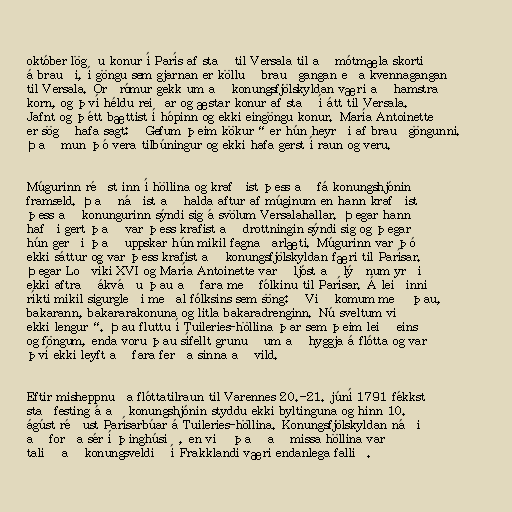
október lögðu konur í París af stað til Versala til að mótmæla skorti
á brauði, í göngu sem gjarnan er kölluð brauðgangan eða kvennagangan
til Versala. Orðrómur gekk um að konungsfjölskyldan væri að hamstra
korn, og því héldu reiðar og æstar konur af stað í átt til Versala.
Jafnt og þétt bættist í hópinn og ekki eingöngu konur. María Antoinette
er sögð hafa sagt: „Gefum þeim kökur“ er hún heyrði af brauðgöngunni.
Það mun þó vera tilbúningur og ekki hafa gerst í raun og veru.

Múgurinn réðst inn í höllina og krafðist þess að fá konungshjónin
framseld. Það náðist að halda aftur af múginum en hann krafðist
þess að konungurinn sýndi sig á svölum Versalahallar. Þegar hann
hafði gert það var þess krafist að drottningin sýndi sig og þegar
hún gerði það uppskar hún mikil fagnaðarlæti. Múgurinn var þó
ekki sáttur og var þess krafist að konungsfjölskyldan færi til Parísar.
Þegar Loðvíki XVI og María Antoinette varð ljóst að lýðnum yrði
ekki aftrað ákváðu þau að fara með fólkinu til Parísar. Á leiðinni
ríkti mikil sigurgleði meðal fólksins sem söng: „Við komum með þau,
bakarann, bakararakonuna og litla bakaradrenginn. Nú sveltum við
ekki lengur“. Þau fluttu í Tuileries-höllina þar sem þeim leið eins
og föngum, enda voru þau sífellt grunuð um að hyggja á flótta og var
því ekki leyft að fara ferða sinna að vild.

Eftir misheppnuða flóttatilraun til Varennes 20.-21. júní 1791 fékkst
staðfesting á að konungshjónin styddu ekki byltinguna og hinn 10.
ágúst réðust Parísarbúar á Tuileries-höllina. Konungsfjölskyldan náði
að forða sér í þinghúsið, en við það að missa höllina var
talið að konungsveldið í Frakklandi væri endanlega fallið.